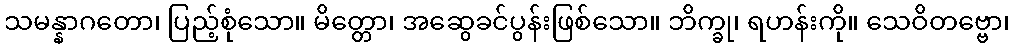
သမန္နာဂတော၊ ပြည့်စုံသော။ မိတ္တော၊ အဆွေခင်ပွန်းဖြစ်သော။ ဘိက္ခု၊ ရဟန်းကို။ သေဝိတဗ္ဗော၊